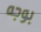
بوجه